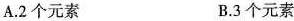
A. 2个元素 B. 3个元素